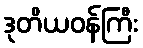
ဒုတိယဝန်ကြီး